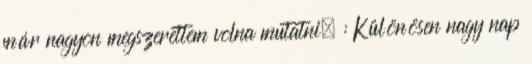
már nagyon megszerettem volna mutatni. : Különösen nagy nap